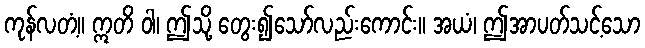
ကုန်လတံ့။ ဣတိ ဝါ၊ ဤသို့ တွေး၍သော်လည်းကောင်း။ အယံ၊ ဤအာပတ်သင့်သော